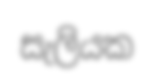
සැලියක